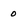
Character: 0